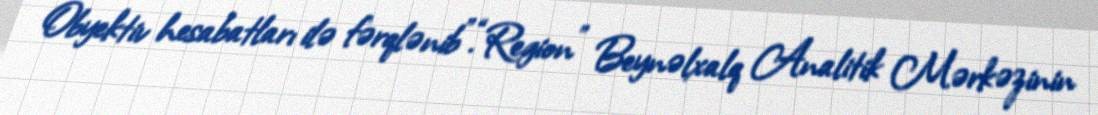
Obyektiv hesabatları ilə fərqlənib”.“Region” Beynəlxalq Analitik Mərkəzinin